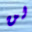
لن